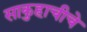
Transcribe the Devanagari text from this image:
साकुहाचीचे